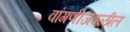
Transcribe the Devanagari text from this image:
वांगणीजवळील